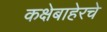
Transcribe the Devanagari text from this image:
कक्षेबाहेरचे